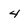
Character: 4